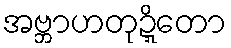
အဗ္ဘာဟတုဍ္ဍိတော